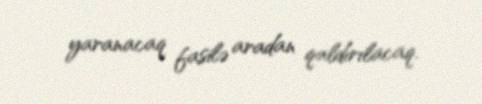
yaranacaq fasilə aradan qaldırılacaq.